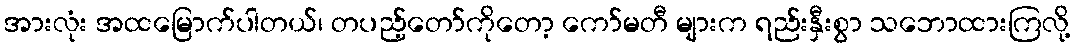
အားလုံး အထမြောက်ပါတယ်၊ တပည့်တော်ကိုတော့ ကော်မတီ များက ရည်းနှီးစွာ သဘောထားကြလို့